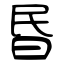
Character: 昬